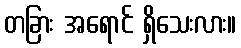
တခြား အရောင် ရှိသေးလား။